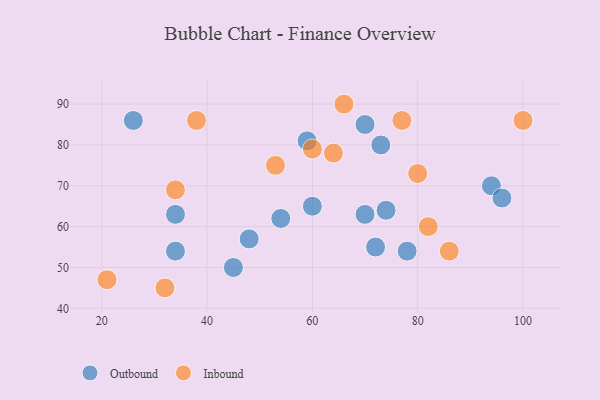
{"axis": {"x": "GDP", "y": "Life Expectancy"}, "legend": ["Inbound", "Outbound"], "data": [{"x": "59", "y": 81, "type": "Outbound"}, {"x": "60", "y": 65, "type": "Outbound"}, {"x": "70", "y": 63, "type": "Outbound"}, {"x": "34", "y": 54, "type": "Outbound"}, {"x": "74", "y": 64, "type": "Outbound"}, {"x": "48", "y": 57, "type": "Outbound"}, {"x": "73", "y": 80, "type": "Outbound"}, {"x": "45", "y": 50, "type": "Outbound"}, {"x": "78", "y": 54, "type": "Outbound"}, {"x": "34", "y": 63, "type": "Outbound"}, {"x": "54", "y": 62, "type": "Outbound"}, {"x": "94", "y": 70, "type": "Outbound"}, {"x": "72", "y": 55, "type": "Outbound"}, {"x": "26", "y": 86, "type": "Outbound"}, {"x": "70", "y": 85, "type": "Outbound"}, {"x": "96", "y": 67, "type": "Outbound"}, {"x": "60", "y": 79, "type": "Inbound"}, {"x": "32", "y": 45, "type": "Inbound"}, {"x": "64", "y": 78, "type": "Inbound"}, {"x": "82", "y": 60, "type": "Inbound"}, {"x": "66", "y": 90, "type": "Inbound"}, {"x": "86", "y": 54, "type": "Inbound"}, {"x": "34", "y": 69, "type": "Inbound"}, {"x": "80", "y": 73, "type": "Inbound"}, {"x": "21", "y": 47, "type": "Inbound"}, {"x": "53", "y": 75, "type": "Inbound"}, {"x": "77", "y": 86, "type": "Inbound"}, {"x": "38", "y": 86, "type": "Inbound"}, {"x": "100", "y": 86, "type": "Inbound"}]}